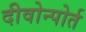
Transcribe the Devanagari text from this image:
दीवोन्पोर्त